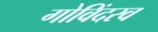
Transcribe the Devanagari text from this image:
गोविंदरव